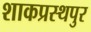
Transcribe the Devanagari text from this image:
शाकप्रस्थपुर